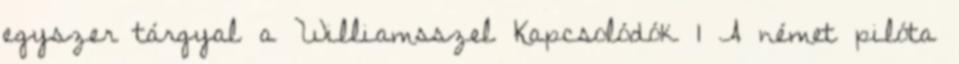
egyszer tárgyal a Williamsszel Kapcsolódók 1 A német pilóta